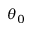
\theta _ { 0 }